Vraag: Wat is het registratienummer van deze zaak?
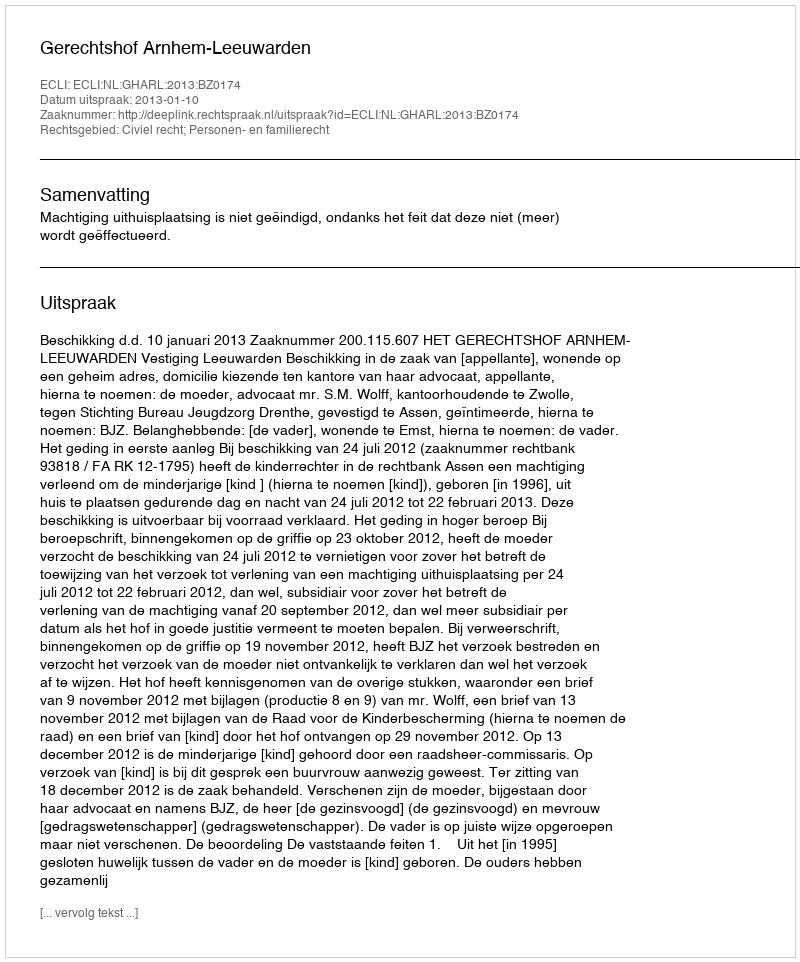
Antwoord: http://deeplink.rechtspraak.nl/uitspraak?id=ECLI:NL:GHARL:2013:BZ0174